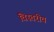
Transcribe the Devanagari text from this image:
विस्तरीय